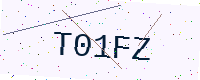
Text: T01FZ